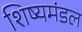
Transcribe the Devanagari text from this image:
शिष्यमंडल